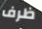
ظرف